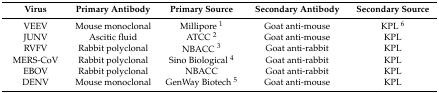
<table><thead><tr><td><b>Virus</b></td><td><b>Primary Antibody</b></td><td><b>Primary Source</b></td><td><b>Secondary Antibody</b></td><td><b>Secondary Source</b></td></tr></thead><tbody><tr><td>VEEV</td><td>Mouse monoclonal</td><td>Millipore <sup>1</sup></td><td>Goat anti-mouse</td><td>KPL <sup>6</sup></td></tr><tr><td>JUNV</td><td>Ascitic fluid</td><td>ATCC <sup>2</sup></td><td>Goat anti-mouse</td><td>KPL</td></tr><tr><td>RVFV</td><td>Rabbit polyclonal</td><td>NBACC <sup>3</sup></td><td>Goat anti-rabbit</td><td>KPL</td></tr><tr><td>MERS-CoV</td><td>Rabbit polyclonal</td><td>Sino Biological <sup>4</sup></td><td>Goat anti-rabbit</td><td>KPL</td></tr><tr><td>EBOV</td><td>Rabbit polyclonal</td><td>NBACC</td><td>Goat anti-rabbit</td><td>KPL</td></tr><tr><td>DENV</td><td>Mouse monoclonal</td><td>GenWay Biotech <sup>5</sup></td><td>Goat anti-mouse</td><td>KPL</td></tr></tbody></table>